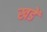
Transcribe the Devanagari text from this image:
खडें